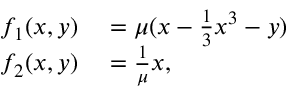
\begin{array} { r l } { f _ { 1 } ( x , y ) } & { { } = \mu ( x - \frac { 1 } { 3 } x ^ { 3 } - y ) } \\ { f _ { 2 } ( x , y ) } & { { } = \frac { 1 } { \mu } x , } \end{array}